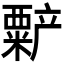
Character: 𬡻